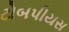
ટોબપીયસ